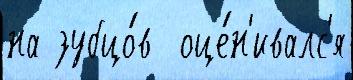
на зубцо́в  оце́н'ивалс'я